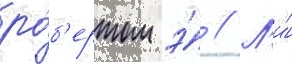
ро́б'ертом э́ // Л'и́